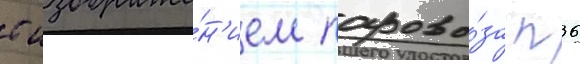
с изображе́н'ием парово́за п36